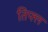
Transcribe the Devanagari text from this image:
तिफ्ल